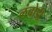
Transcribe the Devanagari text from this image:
लंबोडी